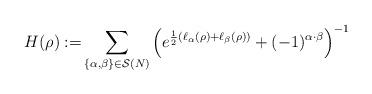
LaTeX: \begin{align*}H(\rho):=&\sum_{\{\alpha,\beta\}\in\mathcal{S}(N)}\left(e^{\frac{1}{2}(\ell_{\alpha}(\rho)+\ell_{\beta}(\rho))}+(-1)^{\alpha\cdot\beta}\right)^{-1}\end{align*}